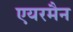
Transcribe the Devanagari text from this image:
एयरमैन